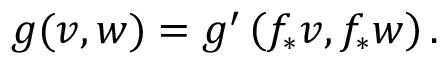
g ( v , w ) = g ^ { \prime } \left( f _ { * } v , f _ { * } w \right) .